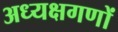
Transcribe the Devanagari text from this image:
अध्यक्षगणों